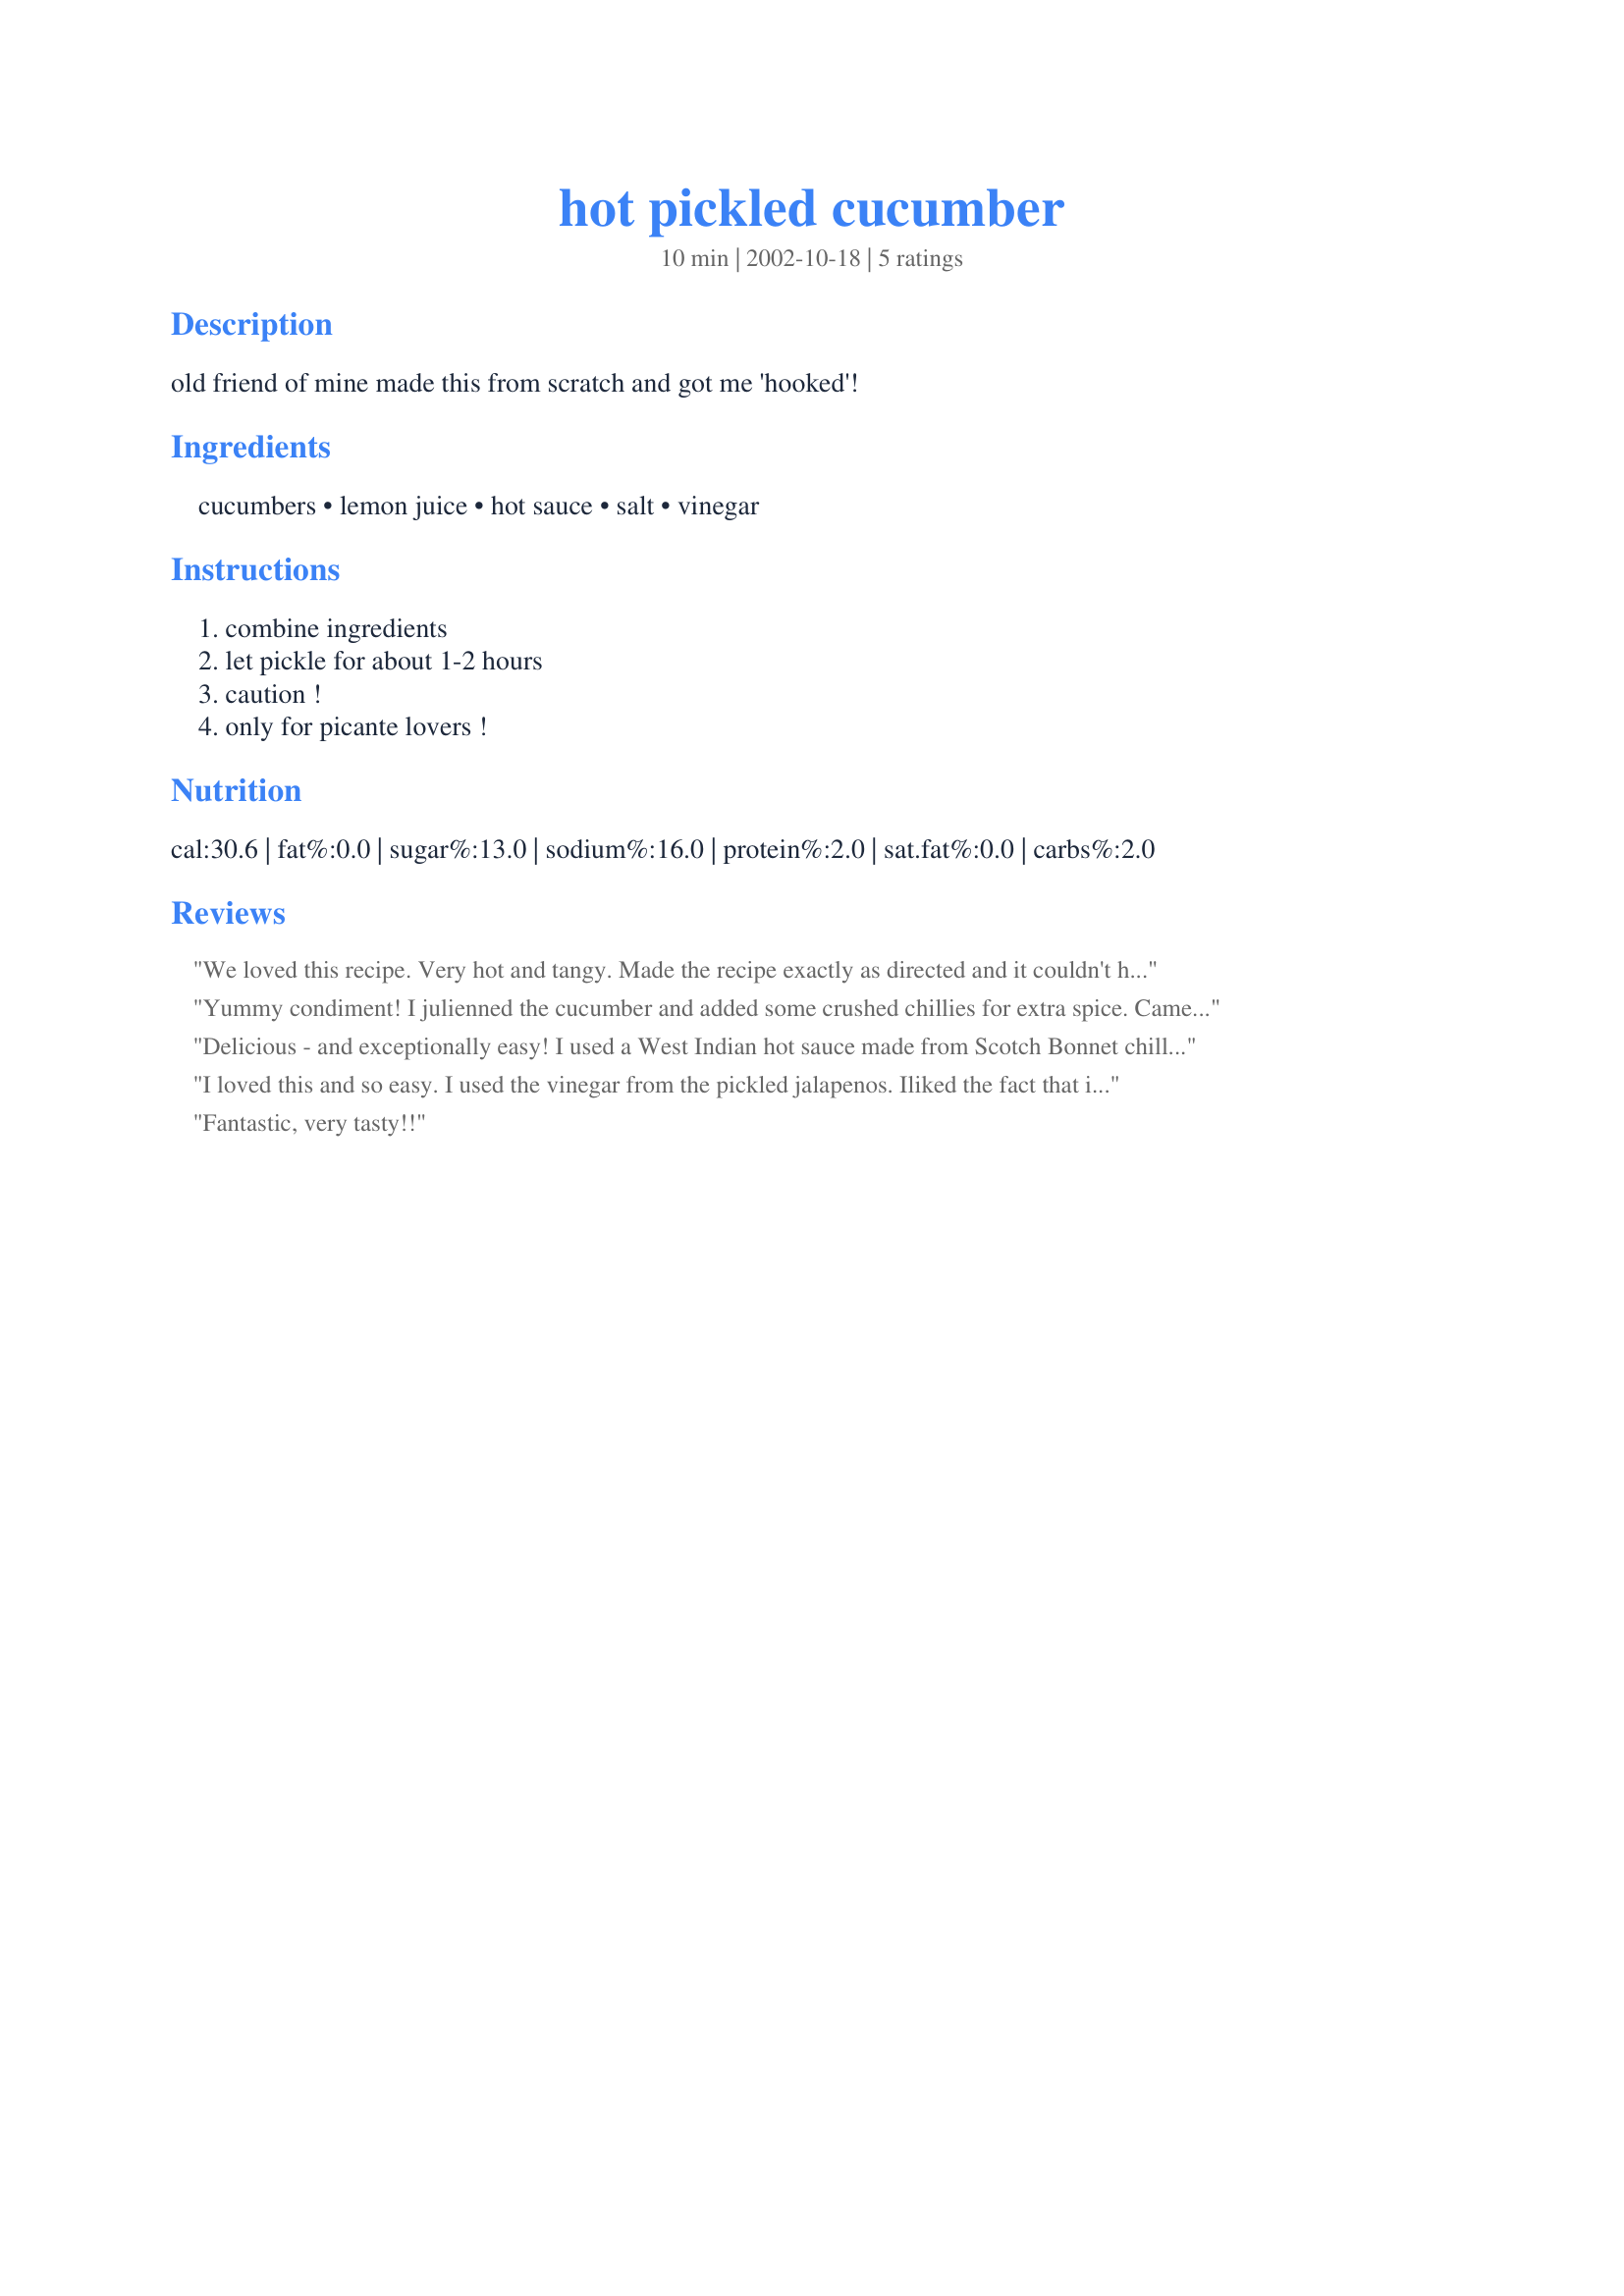
hot pickled cucumber
Preparation time: 10 minutes

old friend of mine made this from scratch and got me 'hooked'!

Ingredients:
cucumbers, lemon juice, hot sauce, salt, vinegar

Steps:
combine ingredients, let pickle for about 1-2 hours, caution !, only for picante lovers !

Reviews:
We loved this recipe. Very hot and tangy. Made the recipe exactly as directed and it couldn't have been easier. I served them as a veggie side with pork and beans.
Yummy condiment! I julienned the cucumber and added some crushed chillies for extra spice. Came out very well. Thanks aaron argo! Made for PAC Fall 2007.
Delicious - and exceptionally easy! I used a West Indian hot sauce made from Scotch Bonnet chilli, and tasted the dressing as I put it together. I liked it at the lemony-hot-salty stage, so I omitted the optional vinegar (but I might try adding it next time). I made a half recipe quantity, and found it served 3 generously. Served chilled, I reckon this would make a lovely, spicy, fresh accompaniment to just about anything! Reviewed for Pick A Chef, Fall 2007.
I loved this and so easy. I used the vinegar from the pickled jalapenos. Iliked the fact that it had both lemon and vinegar. I sprinkled some more jalapenos powder on top just because I wanted a little more spice, but was perfect just the way it was written. Made for PAC Fall 2007
Fantastic, very tasty!!
